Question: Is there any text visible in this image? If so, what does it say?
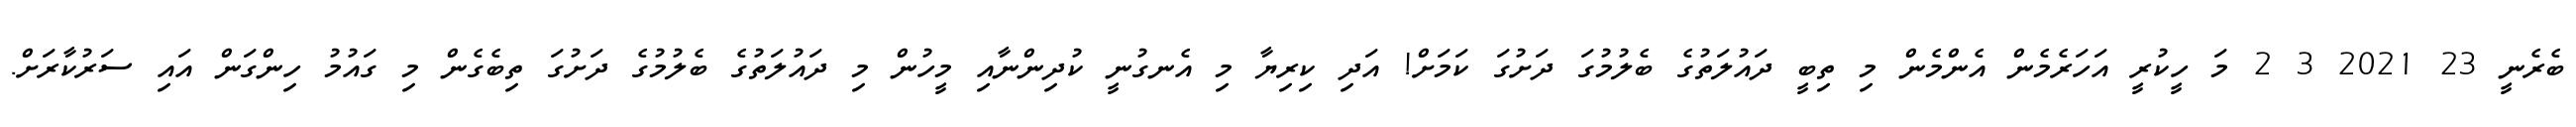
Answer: ބެރެނީ 23 2021 3 2 މަ ހީކުރީ އަހަރެމެން އެންމެން މި ތިބީ ދައުލަތުގެ ބެލުމުގަ ދަށުގަ ކަމަށް! އަދި ކިރިޔާ މި އެނގުނީ ކުދިންނާއި މީހުން މި ދައުލަތުގެ ބެލުމުގެ ދަށުގަ ތިބެގެން މި ގައުމު ހިންގަން އައި ސަރުކާރަށް.